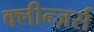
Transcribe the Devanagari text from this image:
क्लीन्ज़र्स